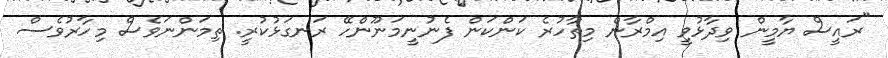
"ރައީސް ޔާމީން ވިދާޅުވީ އިމްރާން މިތާހުރެ ކަންކަން ފެނުނީމަނޫންހޭ ރަނގަޅުކުރީ. ތިމަންނަވެސް މިހާރުވެސް